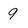
Character: 9